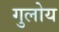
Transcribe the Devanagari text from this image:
गुलोय